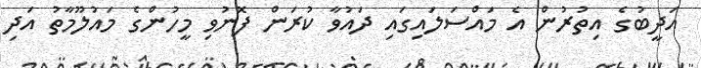
އަދީބުގެ އިތުރުން އެ މައްސަލައިގައި ދައުވާ ކުރަން ފޮނުވި މީހުންގެ މައުލޫމާތު އަދި